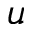
u